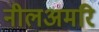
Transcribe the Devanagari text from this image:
नीलअमरि